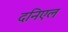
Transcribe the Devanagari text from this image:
दनिएल